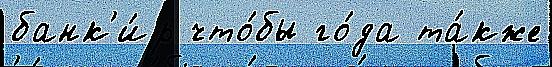
банк'и́р что́бы го́да та́кже